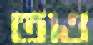
তাও